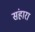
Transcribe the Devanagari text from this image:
संहारा